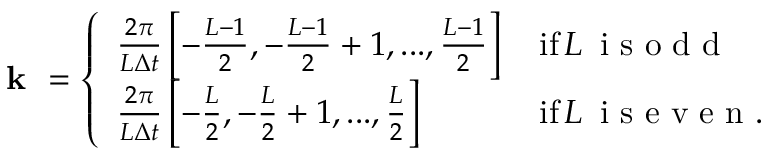
\begin{array} { r } { \textbf { k } = \left\{ \begin{array} { l l } { \frac { 2 \pi } { L \Delta t } \left[ - \frac { L - 1 } { 2 } , - \frac { L - 1 } { 2 } + 1 , . . . , \frac { L - 1 } { 2 } \right] \, } & { \mathrm { i f } \, L \, \mathrm { ~ i ~ s ~ o ~ d ~ d ~ } } \\ { \frac { 2 \pi } { L \Delta t } \left[ - \frac { L } { 2 } , - \frac { L } { 2 } + 1 , . . . , \frac { L } { 2 } \right] \, } & { \mathrm { i f } \, L \, \mathrm { ~ i ~ s ~ e ~ v ~ e ~ n ~ . ~ } } \end{array} \right. } \end{array}